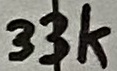
Text: 33k